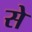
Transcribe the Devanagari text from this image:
से